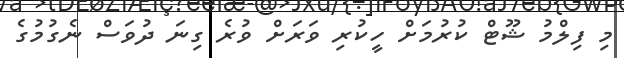
މި ފިލްމު ޝޫޓް ކުރުމަށް ހީކުރި ވަރަށް ވުރެ ގިނަ ދުވަސް ނެގުމުގެ